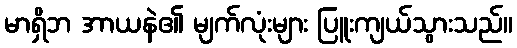
မာရှိဘ အာယနဲ၏ မျက်လုံးများ ပြူးကျယ်သွားသည်။